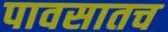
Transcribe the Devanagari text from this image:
पावसातच